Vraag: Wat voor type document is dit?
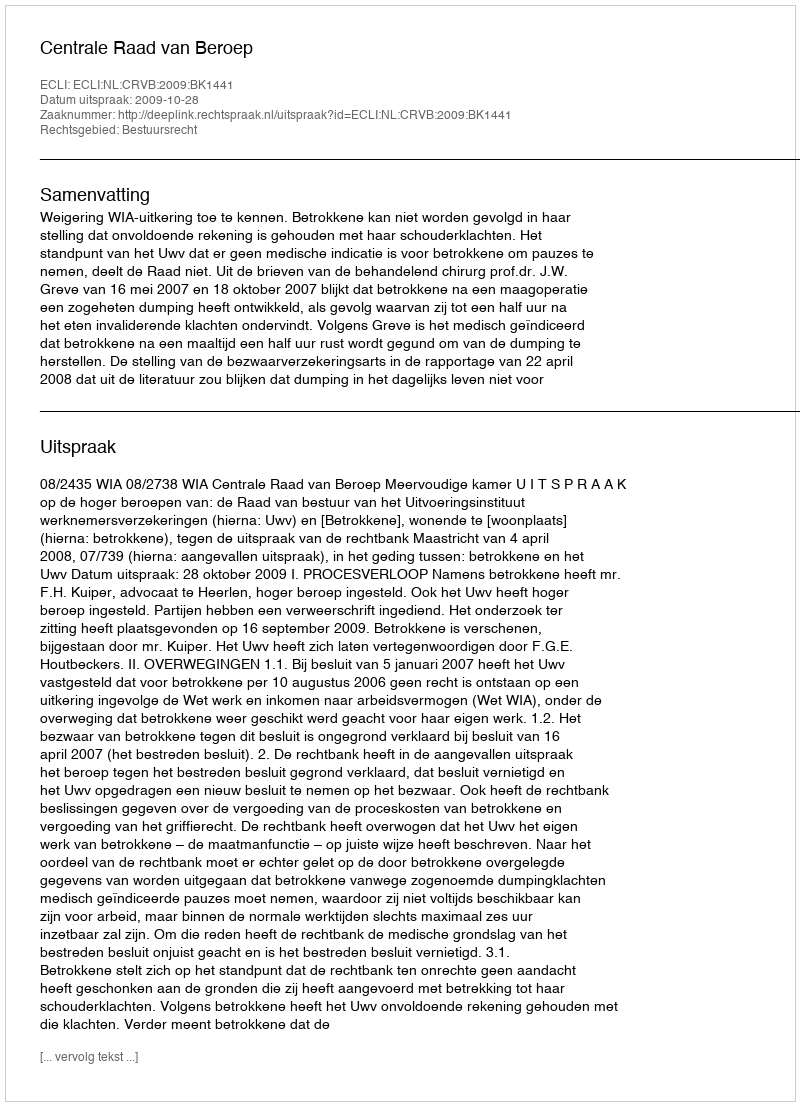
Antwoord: Uitspraak